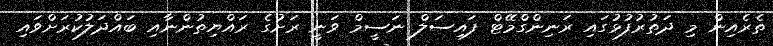
ތެރެއިން މި ދަތުރުފުޅުގައި ރަނިންގްމޭޓް ފައިސަލް ނަސީމް ވަނީ ރަށުގެ ރައްޔިތުންނާއި ބައްދަލުކުރަށްވައި